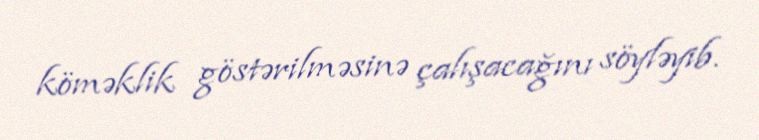
köməklik göstərilməsinə çalışacağını söyləyib.